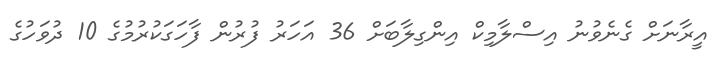
އީރާނަށް ގެނެވުނު އިސްލާމިކް އިންގިލާބަށް 36 އަހަރު ފުރުން ފާހަގަކުރުމުގެ 10 ދުވަހުގެ